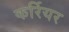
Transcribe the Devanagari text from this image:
कर्रियर